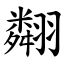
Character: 翷